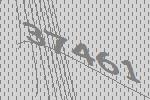
37461